Scottish Leaving Certificate Examination, 1960
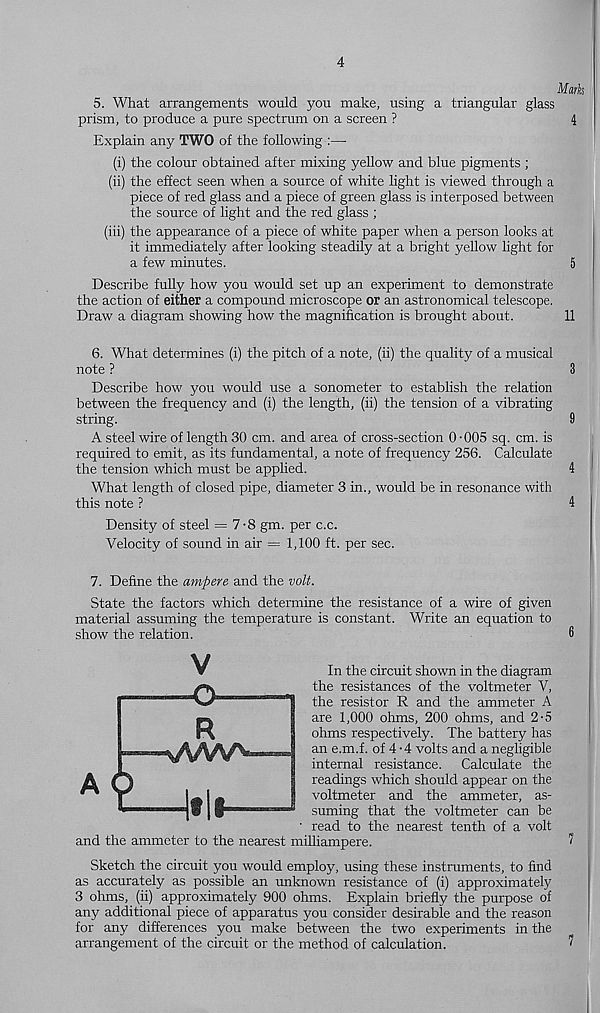
4
Marks
5. What arrangements would you make, using a triangular glass
prism, to produce a pure spectrum on a screen ?
4
Explain any TWO of the following :—
(i) the colour obtained after mixing yellow and blue pigments ;
(ii) the effect seen when a source of white light is viewed through a
piece of red glass and a piece of green glass is interposed between
the source of light and the red glass ;
(iii) the appearance of a piece of white paper when a person looks at
it immediately after looking steadily at a bright yellow light for
a few minutes.
5
Describe fully how you would set up an experiment to demonstrate
the action of either a compound microscope or an astronomical telescope.
Draw a diagram showing how the magnification is brought about.
11
6. What determines (i) the pitch of a note, (ii) the quality of a musical
note ?
3
Describe how you would use a sonometer to establish the relation
between the frequency and (i) the length, (ii) the tension of a vibrating
string.
9
A steel wire of length 30 cm. and area of cross-section 0-005 sq. cm. is
required to emit, as its fundamental, a note of frequency 256. Calculate
the tension which must be applied.
4
What length of closed pipe, diameter 3 in., would be in resonance with
this note ?
4
Density of steel = 7-8 gm. per c.c.
Velocity of sound in air = 1,100 ft. per sec.
7. Define the ampere and the volt.
State the factors which determine the resistance of a wire of given
material assuming the temperature is constant. Write an equation to
show the relation.
6
In the circuit shown in the diagram
the resistances of the voltmeter V,
the resistor R and the ammeter A
are 1,000 ohms, 200 ohms, and 2-5
ohms respectively. The battery has
an e.m.f. of 4 - 4 volts and a negligible
internal resistance. Calculate the
readings which should appear on the
voltmeter and the ammeter, as-
suming that the voltmeter can be
read to the nearest tenth of a volt
and the ammeter to the nearest milliampere.
Sketch the circuit you would employ, using these instruments, to find
as accurately as possible an unknown resistance of (i) approximately
3 ohms, (ii) approximately 900 ohms. Explain briefly the purpose of
any additional piece of apparatus you consider desirable and the reason
for any differences you make between the two experiments in the
arrangement of the circuit or the method of calculation.
7